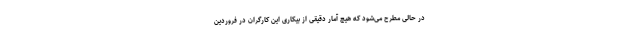
در حالی مطرح می‌شود که هیچ آمار دقیقی از بیکاری این کارگران در فروردین